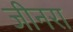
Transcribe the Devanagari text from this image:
जीनरा